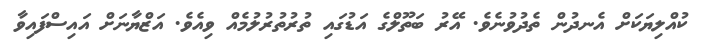
ކުއްލިޔަކަށް އެނދުން ތެދުވުނެވެ. އޭރު ބަތޫލްގެ އަޑުގައި ތުރުތުރުލުމެއް ވިއެވެ. އަޒްޔާނަށް އައިސްފައިވާ